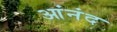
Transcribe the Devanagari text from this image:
आंनंद